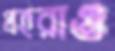
প্রহরাও